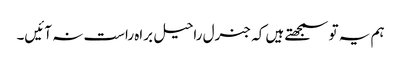
ہم یہ تو سمجھتے ہیں کہ جنرل راحیل براہ راست نہ آئیں۔